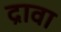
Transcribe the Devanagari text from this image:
द्रावा